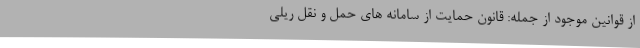
از قوانین موجود از جمله: قانون حمایت از سامانه های حمل و نقل ریلی